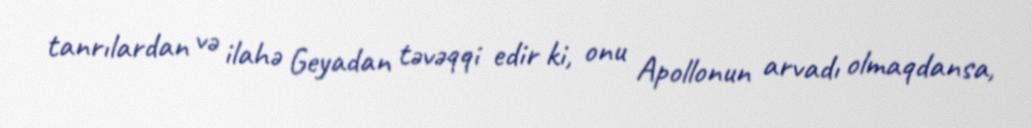
tanrılardan və ilahə Geyadan təvəqqi edir ki, onu Apollonun arvadı olmaqdansa,